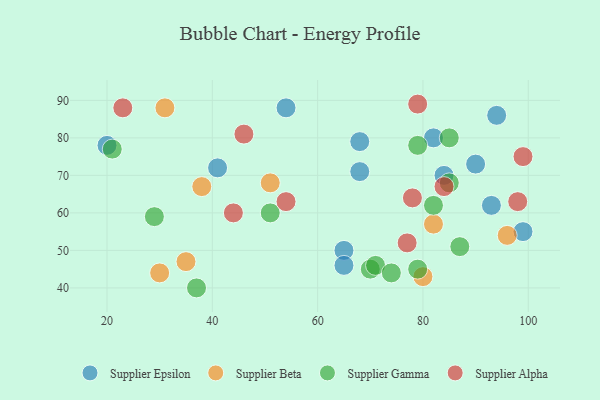
{"axis": {"x": "GDP", "y": "Life Expectancy"}, "legend": ["Supplier Alpha", "Supplier Beta", "Supplier Epsilon", "Supplier Gamma"], "data": [{"x": "68", "y": 71, "type": "Supplier Epsilon"}, {"x": "94", "y": 86, "type": "Supplier Epsilon"}, {"x": "41", "y": 72, "type": "Supplier Epsilon"}, {"x": "82", "y": 80, "type": "Supplier Epsilon"}, {"x": "20", "y": 78, "type": "Supplier Epsilon"}, {"x": "65", "y": 50, "type": "Supplier Epsilon"}, {"x": "65", "y": 46, "type": "Supplier Epsilon"}, {"x": "90", "y": 73, "type": "Supplier Epsilon"}, {"x": "84", "y": 70, "type": "Supplier Epsilon"}, {"x": "68", "y": 79, "type": "Supplier Epsilon"}, {"x": "54", "y": 88, "type": "Supplier Epsilon"}, {"x": "99", "y": 55, "type": "Supplier Epsilon"}, {"x": "93", "y": 62, "type": "Supplier Epsilon"}, {"x": "30", "y": 44, "type": "Supplier Beta"}, {"x": "51", "y": 68, "type": "Supplier Beta"}, {"x": "35", "y": 47, "type": "Supplier Beta"}, {"x": "38", "y": 67, "type": "Supplier Beta"}, {"x": "31", "y": 88, "type": "Supplier Beta"}, {"x": "82", "y": 57, "type": "Supplier Beta"}, {"x": "96", "y": 54, "type": "Supplier Beta"}, {"x": "80", "y": 43, "type": "Supplier Beta"}, {"x": "79", "y": 45, "type": "Supplier Gamma"}, {"x": "70", "y": 45, "type": "Supplier Gamma"}, {"x": "51", "y": 60, "type": "Supplier Gamma"}, {"x": "85", "y": 68, "type": "Supplier Gamma"}, {"x": "79", "y": 78, "type": "Supplier Gamma"}, {"x": "82", "y": 62, "type": "Supplier Gamma"}, {"x": "87", "y": 51, "type": "Supplier Gamma"}, {"x": "29", "y": 59, "type": "Supplier Gamma"}, {"x": "37", "y": 40, "type": "Supplier Gamma"}, {"x": "21", "y": 77, "type": "Supplier Gamma"}, {"x": "71", "y": 46, "type": "Supplier Gamma"}, {"x": "74", "y": 44, "type": "Supplier Gamma"}, {"x": "85", "y": 80, "type": "Supplier Gamma"}, {"x": "46", "y": 81, "type": "Supplier Alpha"}, {"x": "44", "y": 60, "type": "Supplier Alpha"}, {"x": "84", "y": 67, "type": "Supplier Alpha"}, {"x": "23", "y": 88, "type": "Supplier Alpha"}, {"x": "54", "y": 63, "type": "Supplier Alpha"}, {"x": "99", "y": 75, "type": "Supplier Alpha"}, {"x": "79", "y": 89, "type": "Supplier Alpha"}, {"x": "98", "y": 63, "type": "Supplier Alpha"}, {"x": "78", "y": 64, "type": "Supplier Alpha"}, {"x": "77", "y": 52, "type": "Supplier Alpha"}]}